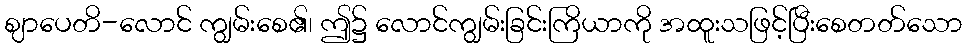
ဈာပေတိ-လောင် ကျွမ်းစေ၏၊ ဤ၌ လောင်ကျွမ်းခြင်းကြိယာကို အထူးသဖြင့်ပြီးစေတတ်သော